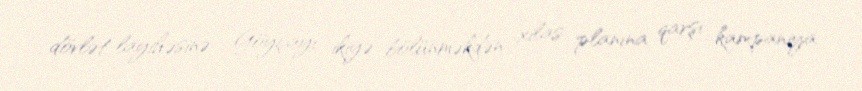
dövlət layihəsinə - Göyçayı ikiyə bölünməkdən xilas planına qarşı kampaniya